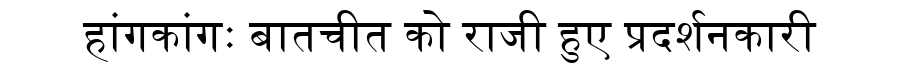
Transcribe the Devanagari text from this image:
हांगकांगः बातचीत को राजी हुए प्रदर्शनकारी